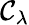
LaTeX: \mathcal{C}_{\lambda}